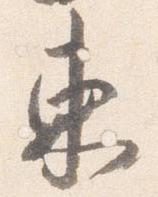
東